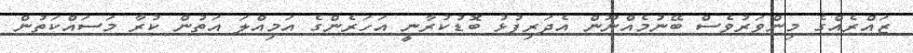
ޒައްރެއްގެ މިންވަރުވެސް ބޭނުމެއްނޫން އެދަރިފުޅު ބޮޑުކުރާނީ އަހަރެންގެ އަމިއްލަ އަތުން ކުރާ މަސައްކަތުން